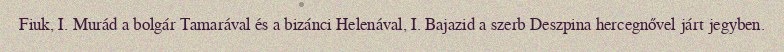
Fiuk, I. Murád a bolgár Tamarával és a bizánci Helenával, I. Bajazid a szerb Deszpina hercegnővel járt jegyben.